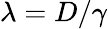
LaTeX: \lambda=D/\gamma